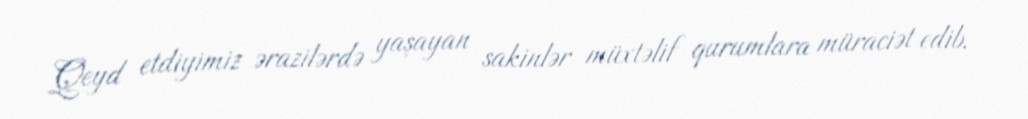
Qeyd etdiyimiz ərazilərdə yaşayan sakinlər müxtəlif qurumlara müraciət edib,